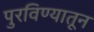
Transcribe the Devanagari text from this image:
पुरविण्यातून